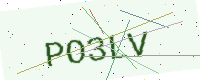
Text: PO3LV